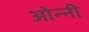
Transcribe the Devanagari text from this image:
ओन्नी